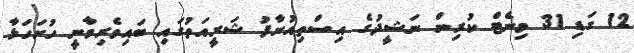
12 ގަޑި 31 މިނެޓް ކުރިން ނަޝީދުގެ އިސްތިއުނާފު ޝަރީއަތުގައި ބައިވެރިވާނީ ހުށަހަޅާ